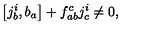
\left[ j _ { b } ^ { i } , b _ { a } \right] + f _ { a b } ^ { c } j _ { c } ^ { i } \neq 0 ,